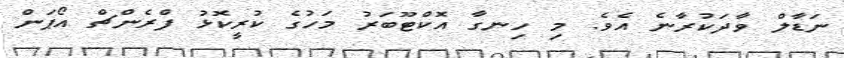
ނަޑާލް ވާދަކުރާނެ އެވެ. މި ހިނގާ އޮކްޓޫބަރު މަހުގެ ކުރީކޮޅު ފްރެންޗް އޯޕަން